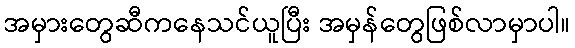
အမှားတွေဆီကနေသင်ယူပြီး အမှန်တွေဖြစ်လာမှာပါ။